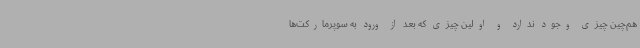
هم‌چین چیزی وجود ندارد و اولین چیزی که بعد از ورود به سوپرمارکت‌ها